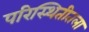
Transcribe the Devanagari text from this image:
परिस्थितीतला